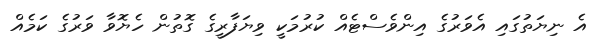
އެ ނިޔަތުގައި އެވަރުގެ އިންވެސްޓެއް ކުރުމަކީ ވިޔަފާރީގެ ގޮތުން ހެޔޮވާ ވަރުގެ ކަމެއް